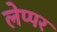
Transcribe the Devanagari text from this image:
लेप्पर